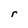
Character: r